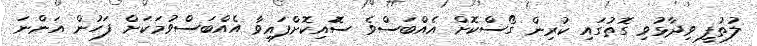
ލުތުފީ ވިދާޅުވި ގޮތުގައި ކުރިން ގޯސްކޮށް އެއްބަސްވެ ސޮައިކޮށްފައިވާ އެއްބަސްވުމަކަށް ފަހުން އަންނަ